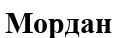
Мордан